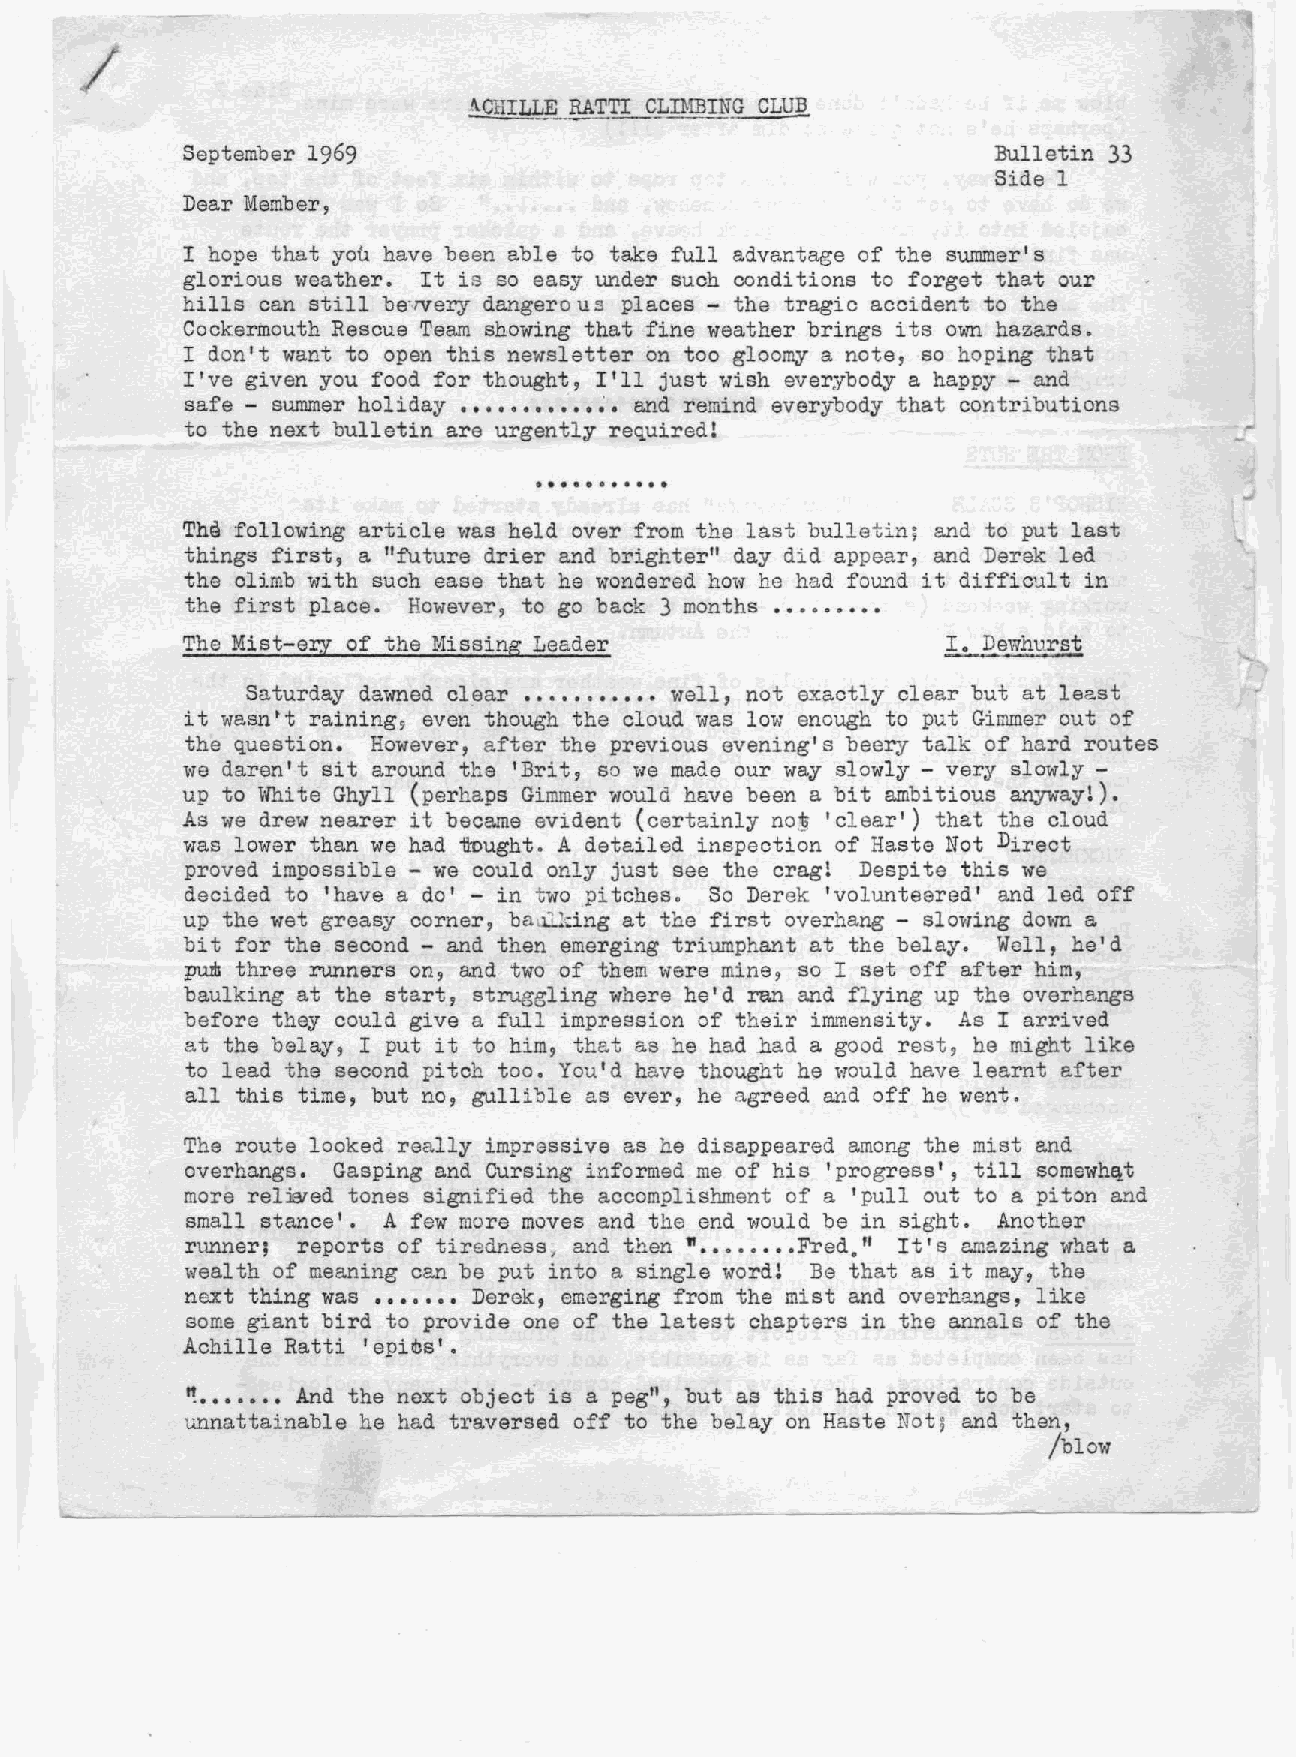
/
 September 1969                                        Bulletin 33
 Side 1
 Dear Member,
 I hope that you have been able to take full advantage of the summer's
 glorious weather. It is so easy under such conditions to forget that our
 hills can still bervery danger ous places - the tragic accident to the
 Cockermouth Rescue Team showing that fine weather brings its own hazards.
 I don't want to open this newsletter on too gloomy a note, so hoping that
 I've given you food for thought, I'll just wish everybody a happy - and
 safe - summer holiday       ~. and remind everybody that contributions
 to the next bulletin are urgently required!
 ...........
 wi
 The following article was held over from the last bulletin; and to put last
 things first, a "future drier and brighter" day did appear, and Derek led
 the climb with such ease that he wondered how he had fo~~d it difficult in
 the first place. However, to go back 3 months •••••••••
 The Mist-ery of the Missing Leader
 Saturday dawned cl~ar •••.••••••• well, not exactly clear but at least
 it wasn t ratrung , even though the cloud 'vas low enough to put Gimmer out of
 t
 the question. However, after the previous evening's beery talk of hard routes
 we daren't sit around the 'Brit, so we made our way slowly - very slowly -
 up to If.hiteGhyll (perhaps Gimmer would have been a bit ambitious anywayl).
 As we drew nearer it became evident (certainly no~ 'clear') that the cloud
 was lower than we had ~ught. A detailed inspection of Haste Not Direct
 proved impossible - we could only just see the cragl Despite this we
 decided to 'have a do' - in two pitches. So Derek 'volunteered' and led off
 up the wet greasy corner, ballll:ingat the first overhang - slo'Vlingdown a
 bit for the second - and then emerging triumphant at the belay. Well, he'd
 pU1iI three runners on, and two of them were mine, so I set off after him,
 baulking at the start, struggling where he'd ran and flying up the overhangs
 before they could give a full impression of their immensity. As I arrived
 at the belay, I put it to him, that as he had nad a good rest, he might like
 to lead the second pitch too. You'd have thought he would have learnt after
 all this time, but no, gullible as ever, he agreed and off he went.
 The route looked really impressive as he disappeared among the mist and
 overhangs. Gasping and CurSing informed me of his 'progress', till somewhf!t
 more rel~ed tones signified the accomplishment of a 'pullout to a piton and
 small stance'. A few more moves and the end '-'Toulbde in Sight. Another
 runner; reports of tiredness~ and then 1I•••••••• Fred.fI It's ama.zing wha.t a
 wealth of meaning can be put into a single word! Be that as it may, the
 next thing was ••••••• Derek, emerging from the mist and overhangs, like
 some giant bird to provide one of the latest chapters in the annals of the
 Achille Ratti 'epi~s'.
 '!••••••• And the next object is a pegll, but as this had proved to be
 unnattainable he had traversed off to the belay on Haste Noti and then,
 /blow